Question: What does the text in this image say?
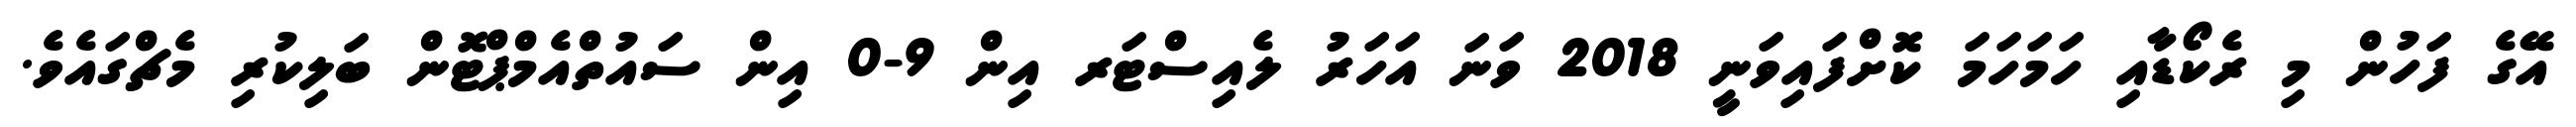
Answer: އޭގެ ފަހުން މި ރެކޯޑާއި ހަމަހަމަ ކޮށްފައިވަނީ 2018 ވަނަ އަހަރު ލެއިސްޓަރ އިން 9-0 އިން ސައުތްއެމްޕްޓޮން ބަލިކުރި މެޗްގައެވެ.